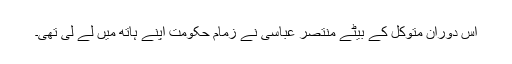
اس دوران متوکل کے بیٹے منتصر عباسی نے زمام حکومت اپنے ہاتھ میں لے لی تھی۔